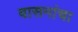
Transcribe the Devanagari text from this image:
वासनांचा